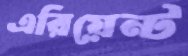
এরিয়েন্ট